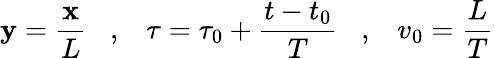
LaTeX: {\mathbf y}=\frac{{\mathbf x}}{L}\; \; \; ,\; \; \; \tau=\tau_{0}+\frac{t-t_{0}}{T}\; \; \; ,\; \; \; v_{0}=\frac{L}{T}